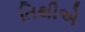
તિથીએ